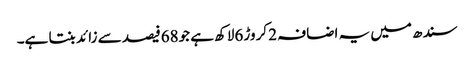
سندھ میں یہ اضافہ 2 کروڑ 6لاکھ ہے جو68فیصد سے زائد بنتا ہے۔